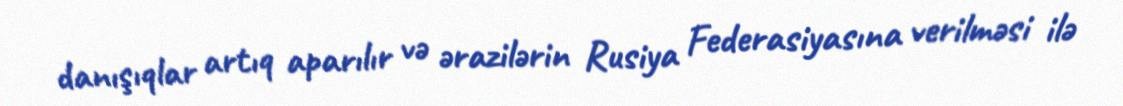
danışıqlar artıq aparılır və ərazilərin Rusiya Federasiyasına verilməsi ilə